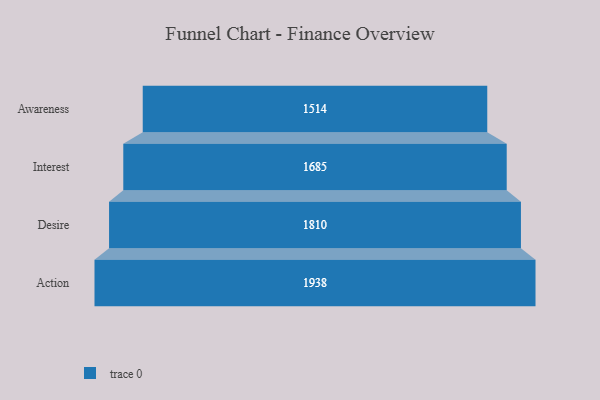
{"axis": {"x": "Stage", "y": "Value"}, "legend": [""], "data": [{"x": "Awareness", "y": 1514.0, "type": ""}, {"x": "Interest", "y": 1685.0, "type": ""}, {"x": "Desire", "y": 1810.0, "type": ""}, {"x": "Action", "y": 1938.0, "type": ""}]}